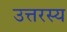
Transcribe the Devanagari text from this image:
उत्तरस्य